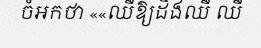
ចំអកថា ««ឈឺឱ្យដឹងឈឺ ឈឺ